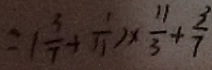
= ( \frac { 3 } { 7 } + \frac { 1 } { 1 1 } ) \times \frac { 1 1 } { 3 } + \frac { 3 } { 7 }